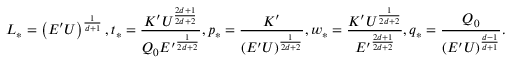
L _ { * } = \left( E ^ { \prime } U \right) ^ { \frac { 1 } { d + 1 } } , t _ { * } = \frac { K ^ { \prime } U ^ { \frac { 2 d + 1 } { 2 d + 2 } } } { Q _ { 0 } { E ^ { \prime } } ^ { \frac { 1 } { 2 d + 2 } } } , p _ { * } = \frac { K ^ { \prime } } { \left( E ^ { \prime } U \right) ^ { \frac { 1 } { 2 d + 2 } } } , w _ { * } = \frac { K ^ { \prime } U ^ { \frac { 1 } { 2 d + 2 } } } { { E ^ { \prime } } ^ { \frac { 2 d + 1 } { 2 d + 2 } } } , q _ { * } = \frac { Q _ { 0 } } { \left( E ^ { \prime } U \right) ^ { \frac { d - 1 } { d + 1 } } } .